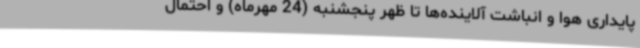
پایداری هوا و انباشت آلاینده‌ها تا ظهر پنجشنبه (24 مهرماه) و احتمال